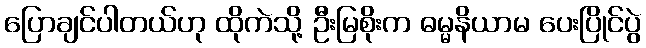
ပြောချင်ပါတယ်ဟု ထိုကဲသို့ ဦးမြစိုးက ဓမ္မနိယာမ ပေးပြိုင်ပွဲ